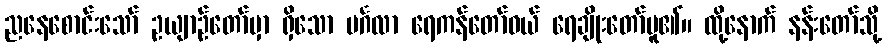
ညနေစောင်းသော် ဥယျာဉ်တော်မှာ ရှိသော မင်္ဂလာ ရေကန်တော်ဝယ် ရေချိုးတော်မူ၏။ ထို့နောက် နန်းတော်သို့